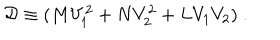
{ \cal D } \equiv ( M V _ { 1 } ^ { 2 } + N V _ { 2 } ^ { 2 } + L V _ { 1 } V _ { 2 } ) \ .